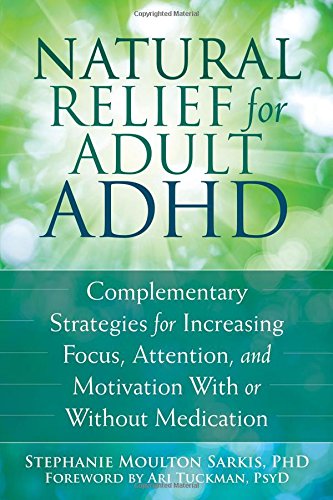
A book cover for Natural Relief for Adult ADHD: Complementary Strategies for Increasing Focus, Attention, and Motivation With or Without Medication; Stephanie Moulton Sarkis PhD; Health, Fitness & Dieting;